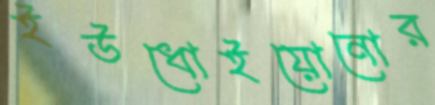
ইউধোইয়োনোর